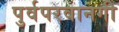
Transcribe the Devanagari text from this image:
पुर्वपरवानगी